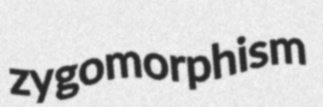
zygomorphism